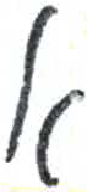
אות: א